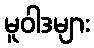
မူဝါဒများ